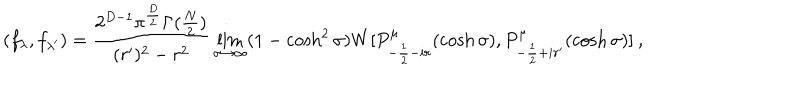
( f _ { \lambda } , f _ { \lambda ^ { \prime } } ) = \frac { 2 ^ { D - 1 } \pi ^ { \frac { D } { 2 } } \Gamma ( \frac { N } { 2 } ) } { ( r ^ { \prime } ) ^ { 2 } - r ^ { 2 } } \lim _ { \sigma \rightarrow \infty } ( 1 - \cosh ^ { 2 } \sigma ) W [ P _ { - \frac { 1 } { 2 } - i r } ^ { \mu } ( \cosh \sigma ) , P _ { - \frac { 1 } { 2 } + i r ^ { \prime } } ^ { \mu } ( \cosh \sigma ) ] \: ,